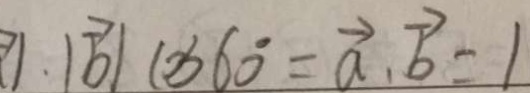
\cdot \vert \overrightarrow { b } \vert \cos 6 0 ^ { \circ } = \overrightarrow { a } \cdot \overrightarrow { b } = 1